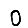
Digit: 0